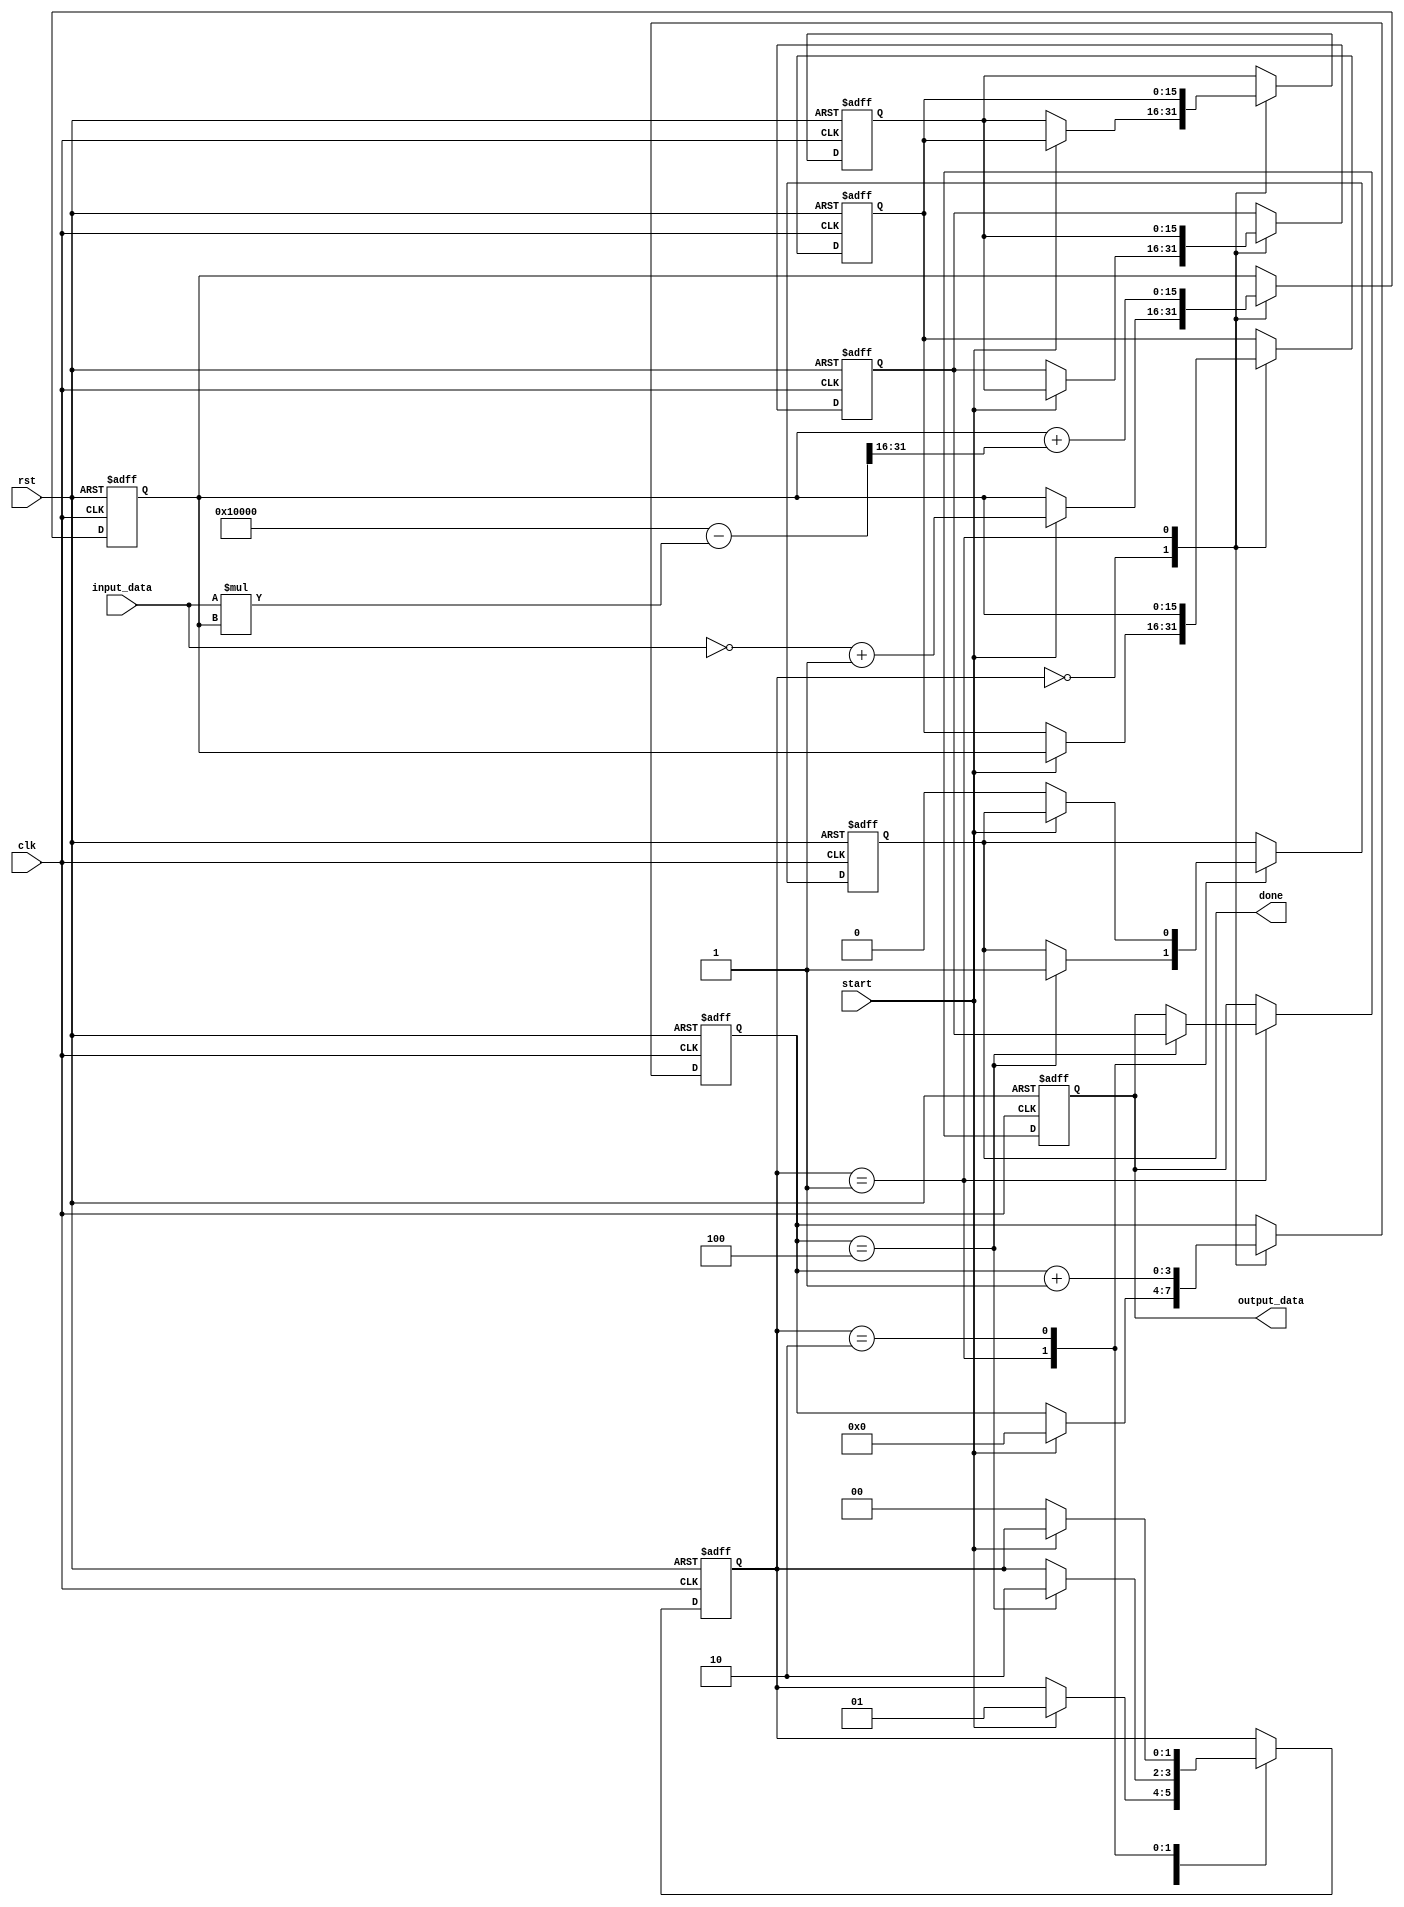
module systolic_array_reciprocal #(
    parameter WIDTH = 16,        // Width of the input/output data
    parameter PEs = 4,          // Number of Processing Elements
    parameter ITERATIONS = 4     // Number of iterations for convergence
)(
    input wire clk,
    input wire rst,
    input wire [WIDTH-1:0] input_data,
    input wire start,
    output reg [WIDTH-1:0] output_data,
    output reg done
);

    // Processing Element
    reg [WIDTH-1:0] pe [0:PEs-1]; // Array of PEs
    reg [WIDTH-1:0] temp_result;
    reg [1:0] state;               // State for FSM
    reg [3:0] iteration_count;      // Iteration counter

    // State Machine
    localparam IDLE = 2'b00,
               PROCESSING = 2'b01,
               OUTPUT = 2'b10;

    integer i;

    // PE functionality (simplified)
    always @(posedge clk or posedge rst) begin
        if (rst) begin
            for (i = 0; i < PEs; i = i + 1) begin
                pe[i] <= 0;
            end
            temp_result <= 0;
            output_data <= 0;
            done <= 0;
            state <= IDLE;
            iteration_count <= 0;
        end else begin
            case (state)
                IDLE: begin
                    if (start) begin
                        // Load initial value into first PE
                        pe[0] <= ~input_data + 1; // Initial guess for reciprocal (1/x)
                        for (i = 1; i < PEs; i = i + 1) begin
                            pe[i] <= pe[i-1]; // Pass data to the next PE
                        end
                        state <= PROCESSING;
                        iteration_count <= 0;
                    end
                end
                
                PROCESSING: begin
                    // Perform iterative reciprocal calculation
                    for (i = 0; i < PEs; i = i + 1) begin
                        if (i == 0) begin
                            pe[i] <= pe[i] + ((1 << WIDTH) - (input_data * pe[i]) >>> WIDTH); // Newton's method step
                        end else begin
                            pe[i] <= pe[i-1]; // Forward the result to the next PE
                        end
                    end

                    iteration_count <= iteration_count + 1;
                    if (iteration_count == ITERATIONS) begin
                        state <= OUTPUT;
                        output_data <= pe[PEs-1]; // Get final result from last PE
                        done <= 1; // Indicate completion
                    end
                end
                
                OUTPUT: begin
                    if (!start) begin
                        state <= IDLE; // Reset to IDLE state
                        done <= 0; // Clear done signal
                    end
                end
            endcase
        end
    end
    
endmodule